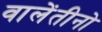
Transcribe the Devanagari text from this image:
वालेंतीनो